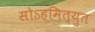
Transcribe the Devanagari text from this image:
सोऽहमित्युत